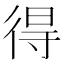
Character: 得